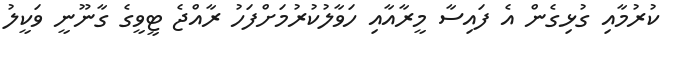
ކުރުމާއި ގުޅިގެން އެ ފައިސާ މީރާއާއި ހަވާލުކުރުމަށްފަހު ރާއްޖެ ޓީވީގެ ގާނޫނީ ވަކީލު